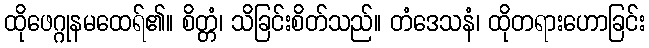
ထိုဖေဂ္ဂုနမထေရ်၏။ စိတ္တံ၊ သိခြင်းစိတ်သည်။ တံဒေသနံ၊ ထိုတရားဟောခြင်း